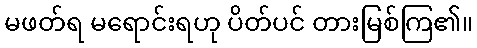
မဖတ်ရ မရောင်းရဟု ပိတ်ပင် တားမြစ်ကြ၏။